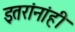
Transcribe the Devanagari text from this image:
इतरांनांही